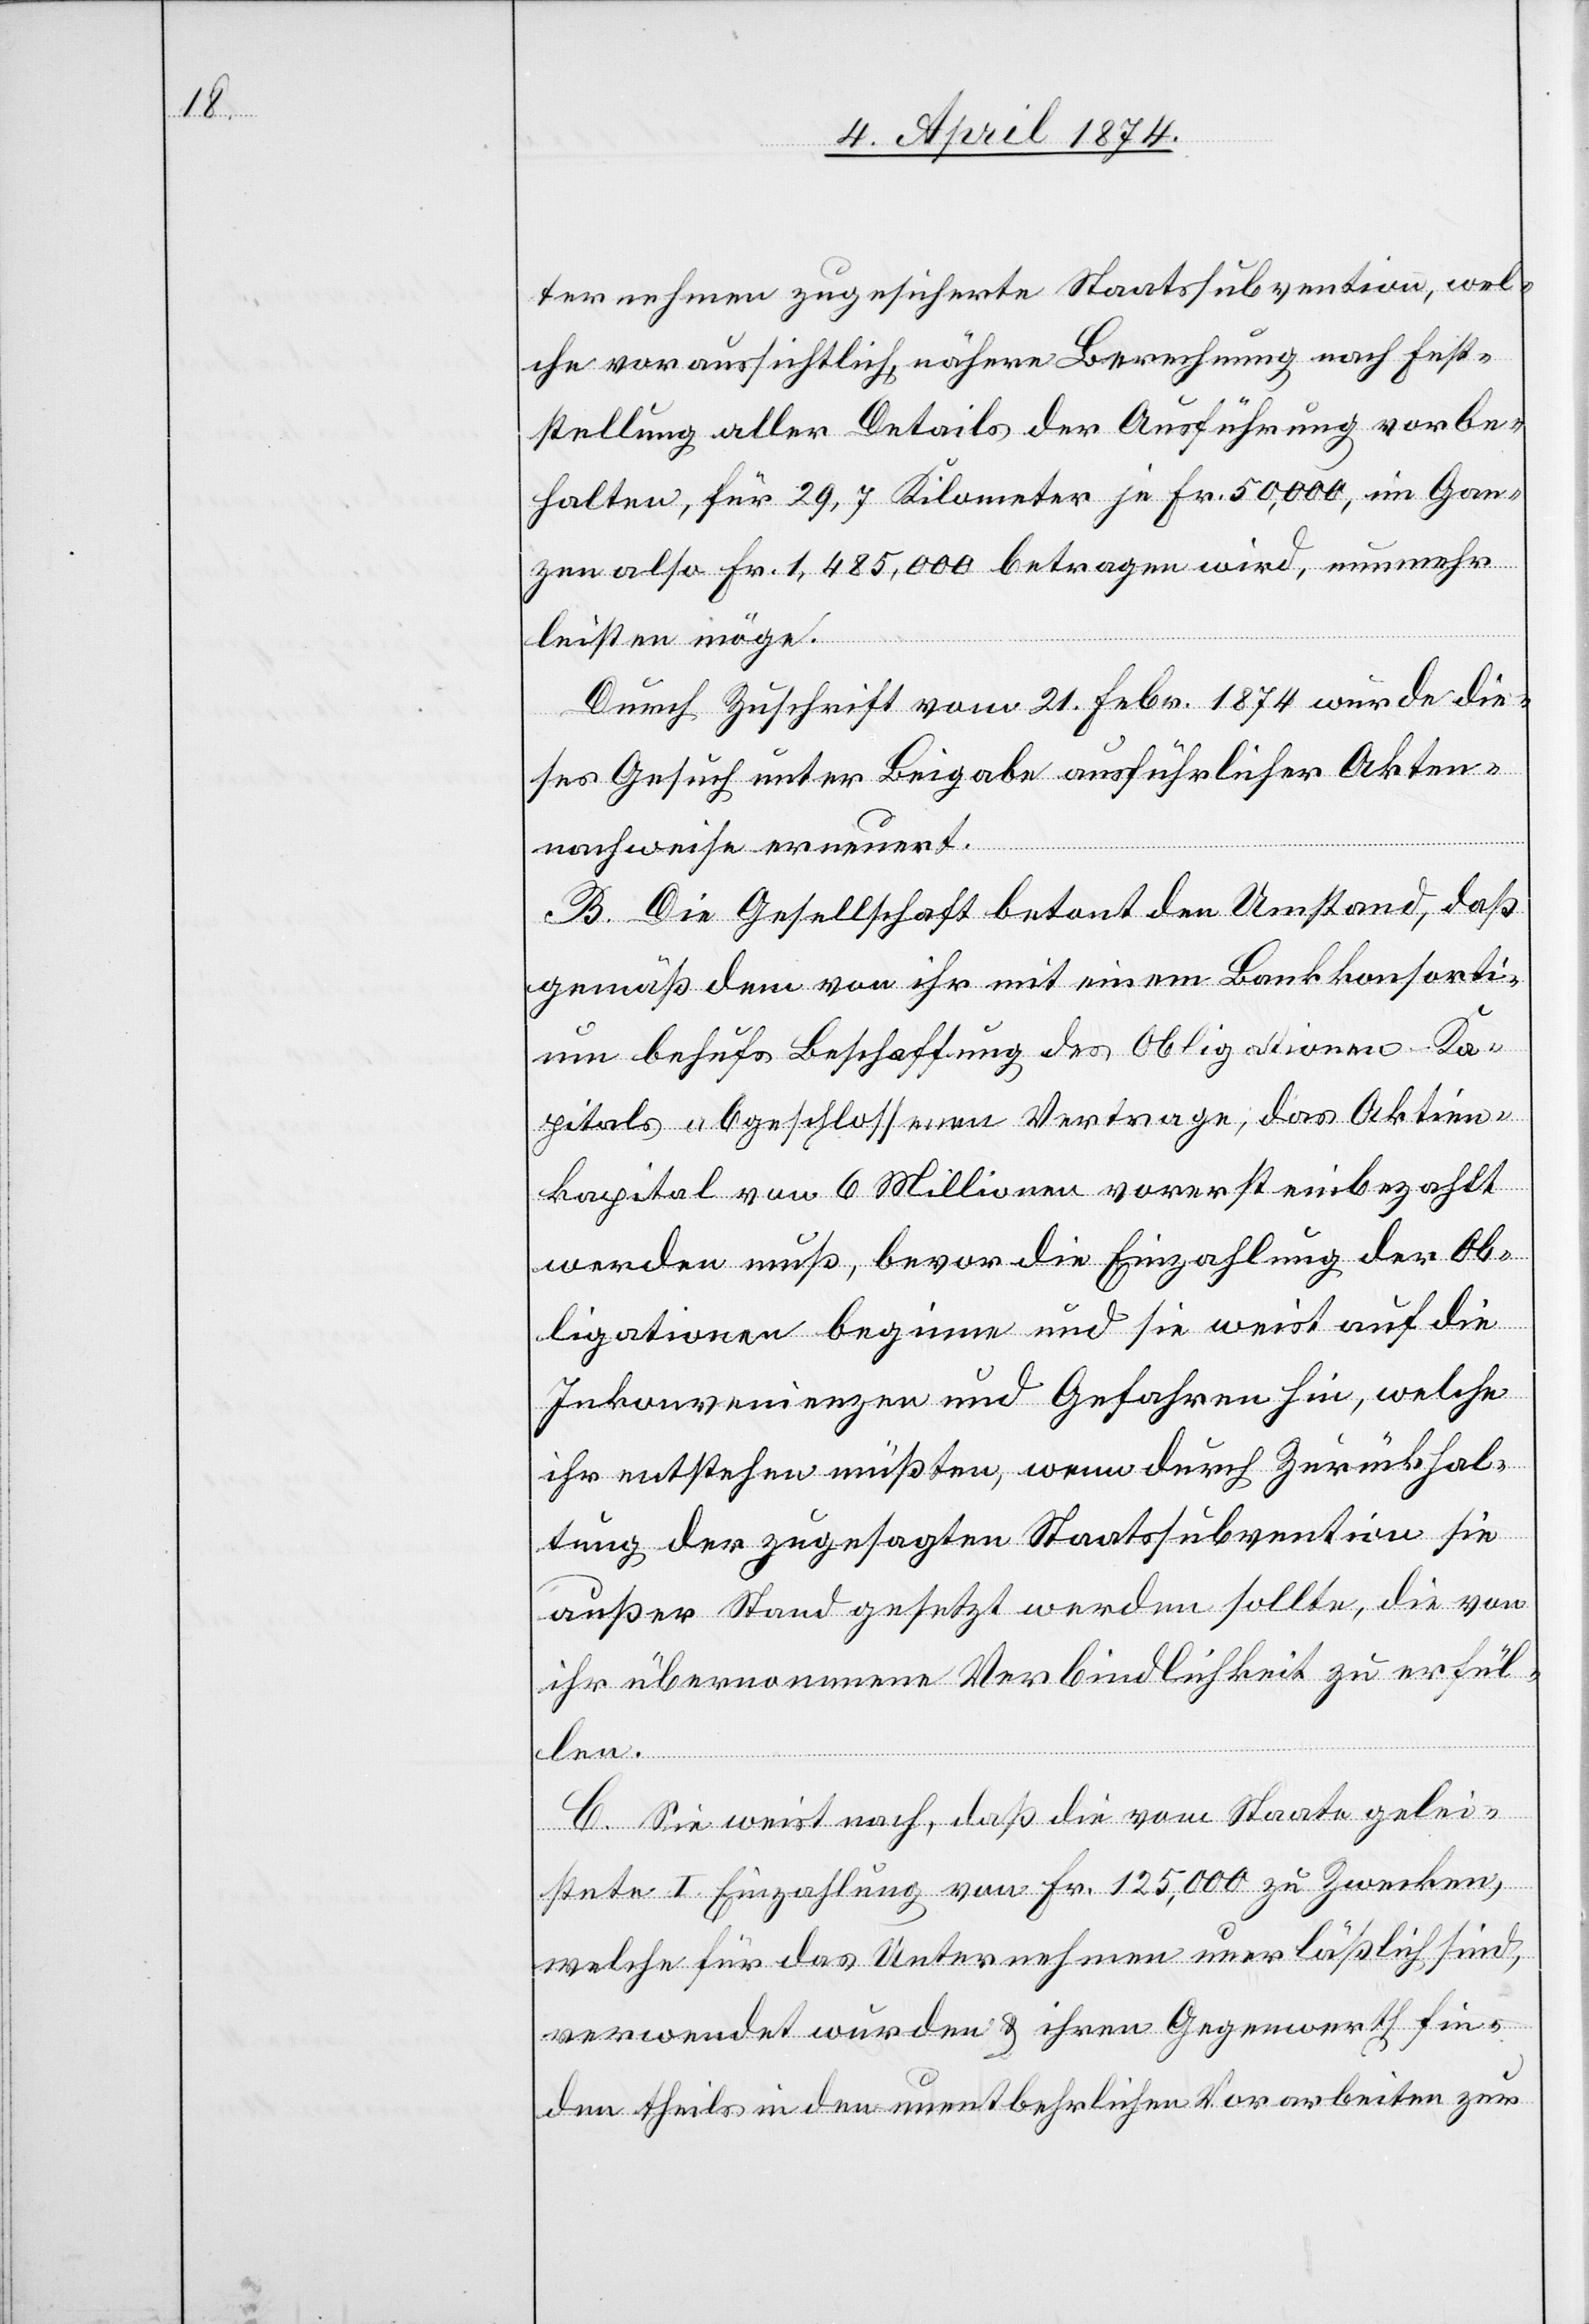
ternehmen zugesicherte Staatssubvention, wel¬
che voraussichtlich nähere Berechnung nach Frist¬
stellung aller Details der Ausführung vorbe¬
halten, für 29,7 Kilometer in Fr. 50,000, im Gan¬
zen also Fr. 1,485,000 betragen wird, nunmehr
leisten möge.
Durch Zuschrift vom 21. Febr. 1874 wurde die¬
ses Gesuch unter Beigabe ausführlicher Akten¬
nachweise erneuert.
B. Die Gesellschaft betont den Umstand, daß
gemäß dem von ihr mit einem Bankkonsorti¬
um behufs Beschaffung des Obligationen-Ka¬
pitals abgeschlossenem Vertrage, das Aktien¬
kapital von 6 Millionen vorerst einbezahlt
werden muß, bevor die Einzahlung der Ob¬
ligationen beginne und sie weist auf die
Inkonvenienzen und Gefahren hin, welche
ihr entstehen müßten, wenn durch Zurückhal¬
tung der zugesagten Staatssubvention sie
außer Stand gesetzt werden sollte, die von
ihr übernommene Verbindlichkeit zu erfül¬
len.
C. Sie weist nach, daß die vom Staate gelei¬
stete I. Einzahlung von Fr. 125,000 zu Zwecken,
welche für das Unternehmen unerläßlich sind,
verwendet wurden u. ihren Gegenwerth fin¬
den theils in den unentbehrlichen Vorarbeiten zur